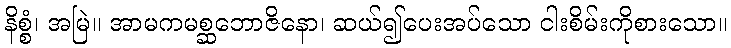
နိစ္စံ၊ အမြဲ။ အာမကမစ္ဆဘောဇိနော၊ ဆယ်၍ပေးအပ်သော ငါးစိမ်းကိုစားသော။